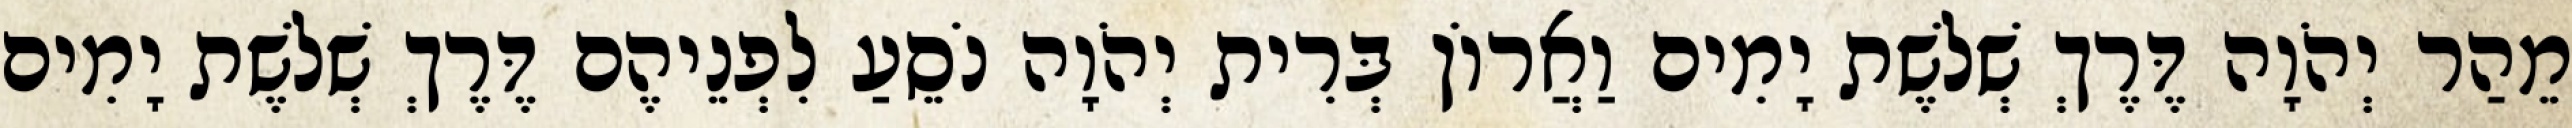
מֵהַר יְהֹוָה דֶּרֶךְ שְׁלשֶׁת יָמִים וַאֲרוֹן בְּרִית יְהֹוָה נֹסֵעַ לִפְנֵיהֶם דֶּרֶךְ שְׁלשֶׁת יָמִים